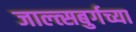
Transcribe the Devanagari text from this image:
जाल्त्सबुर्गच्या